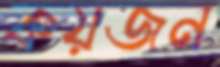
কয়জন